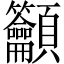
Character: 𥸤